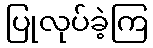
ပြုလုပ်ခဲ့ကြ